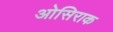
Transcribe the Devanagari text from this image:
ओसिराक